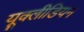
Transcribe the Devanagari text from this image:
यूक्लीडियन